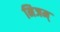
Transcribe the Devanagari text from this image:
निजम्